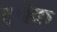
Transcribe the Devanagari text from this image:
ट्वेक